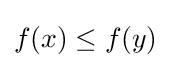
f(x)\leq f(y)